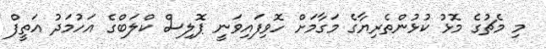
މި މެޗުގެ މޮޅު ކުޅުންތެރިޔާގެ މަގާމަށް ހޮވިފައިވަނީ ޕޮލިސް ކްލަބްގެ އަހުމަދު އަތީފް